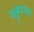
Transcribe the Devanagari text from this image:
खड्ड्यामध्ये